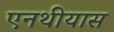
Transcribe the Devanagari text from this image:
एनथीयास